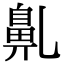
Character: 𪖐